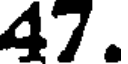
47.